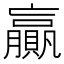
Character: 贏